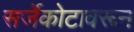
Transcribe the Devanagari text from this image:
सर्जेकोटावरून